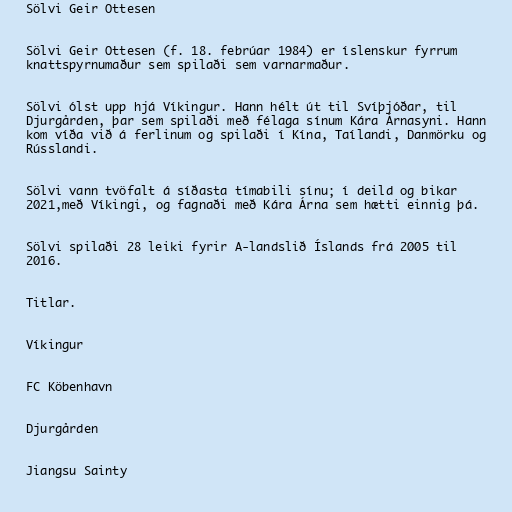
Sölvi Geir Ottesen

Sölvi Geir Ottesen (f. 18. febrúar 1984) er íslenskur fyrrum
knattspyrnumaður sem spilaði sem varnarmaður.

Sölvi ólst upp hjá Víkingur. Hann hélt út til Svíþjóðar, til
Djurgården, þar sem spilaði með félaga sínum Kára Árnasyni. Hann
kom víða við á ferlinum og spilaði í Kína, Taílandi, Danmörku og
Rússlandi.

Sölvi vann tvöfalt á síðasta tímabili sínu; í deild og bikar
2021,með Víkingi, og fagnaði með Kára Árna sem hætti einnig þá.

Sölvi spilaði 28 leiki fyrir A-landslið Íslands frá 2005 til
2016.

Titlar.

Víkingur

FC Köbenhavn

Djurgården

Jiangsu Sainty